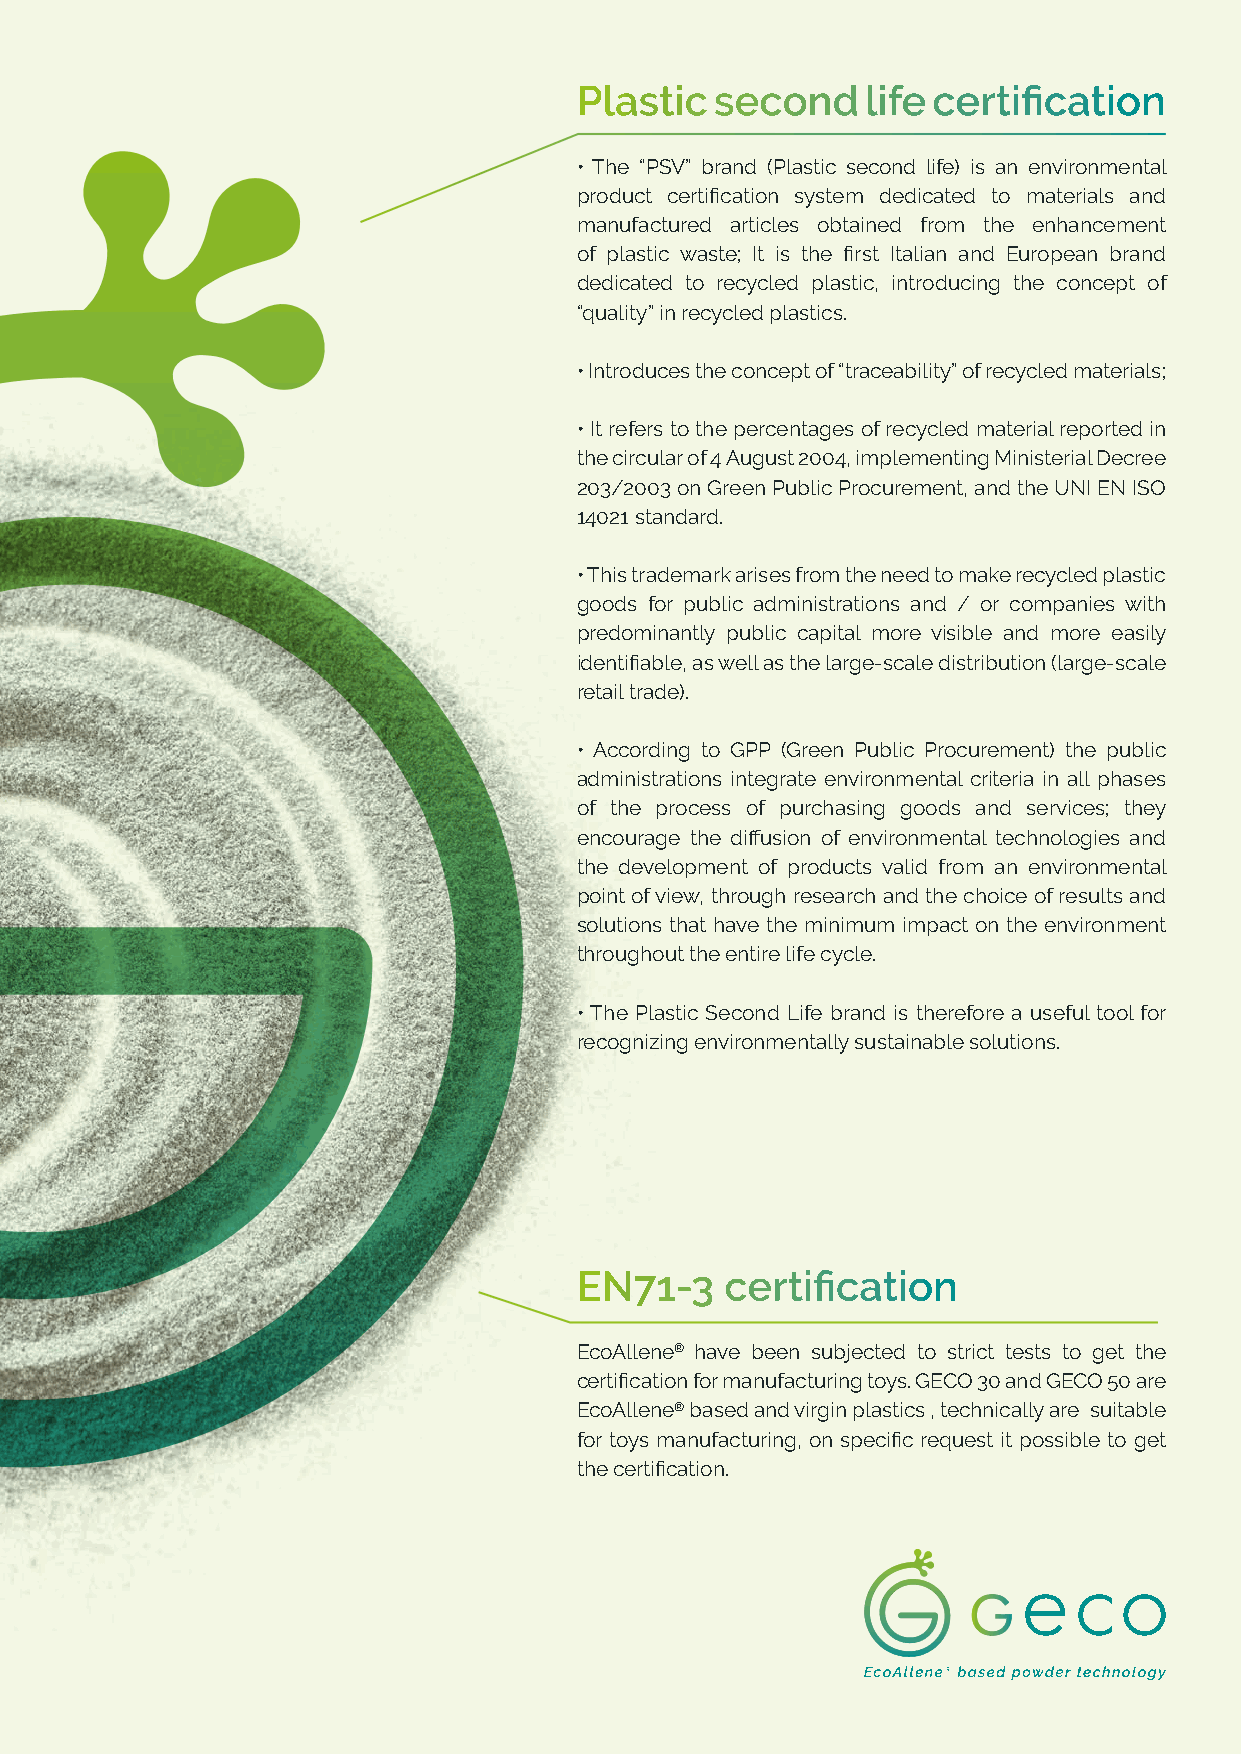
Plastic  second    life certification
 • The “PSV” brand (Plastic second life) is an environmental
 product certification system dedicated to materials and
 manufactured articles obtained from the enhancement
 of plastic waste; It is the first Italian and European brand
 dedicated to recycled plastic, introducing the concept of
 “quality” in recycled plastics.
 • Introduces the concept of “traceability” of recycled materials;
 • It refers to the percentages of recycled material reported in
 the circular of 4 August 2004, implementing Ministerial Decree
 203/2003 on Green Public Procurement, and the UNI EN ISO
 14021 standard.
 • This trademark arises from the need to make recycled plastic
 goods for public administrations and / or companies with
 predominantly public capital more visible and more easily
 identifiable, as well as the large-scale distribution (large-scale
 retail trade).
 • According to GPP (Green Public Procurement) the public
 administrations integrate environmental criteria in all phases
 of the process of purchasing goods and services; they
 encourage the diffusion of environmental technologies and
 the development of products valid from an environmental
 point of view, through research and the choice of results and
 solutions that have the minimum impact on the environment
 throughout the entire life cycle.
 • The Plastic Second Life brand is therefore a useful tool for
 recognizing environmentally sustainable solutions.
 EN71-3    certification
 EcoAllene® have been subjected to strict tests to get the
 certification for manufacturing toys. GECO 30 and GECO 50 are
 EcoAllene® based and virgin plastics , technically are suitable
 for toys manufacturing, on specific request it possible to get
 the certification.